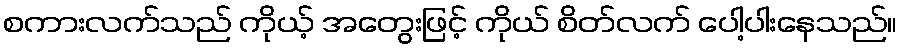
စကားလက်သည် ကိုယ့် အတွေးဖြင့် ကိုယ် စိတ်လက် ပေါ့ပါးနေသည်။